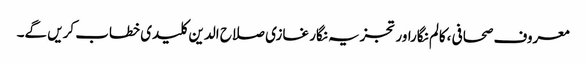
معروف صحافی ،کالم نگاراور تجزیہ نگار غازی صلاح الدین کلیدی خطاب کریں گے۔